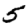
Digit: 5